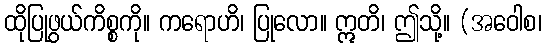
ထိုပြုဖွယ်ကိစ္စကို။ ကရောဟိ၊ ပြုလော။ ဣတိ၊ ဤသို့။ (အဝေါစ၊